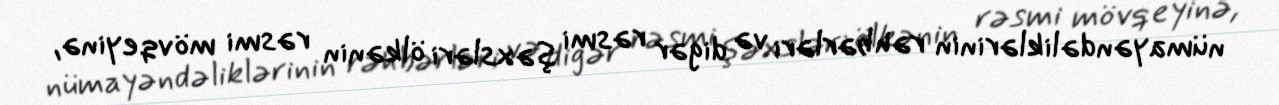
nümayəndəliklərinin rəhbərləri və digər rəsmi şəxsləri ölkənin rəsmi mövqeyinə,